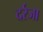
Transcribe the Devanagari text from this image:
दर्रजा